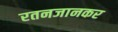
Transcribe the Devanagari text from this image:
रतनजानकर